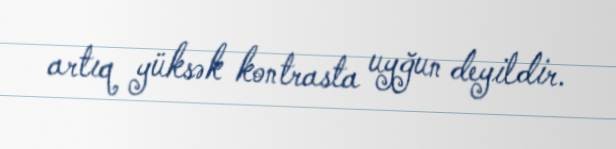
artıq yüksək kontrasta uyğun deyildir.